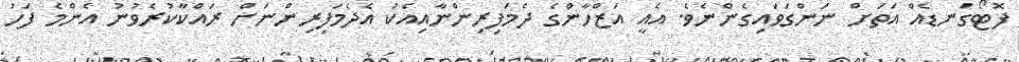
ފޮޓޯގަނޑެއް އަތަށް ނަންގަވައިގެންނެވެ. އެއީ އަޒްހާންގެ ދެމަފިރިންނާއިއެކު އެދެމަފިރިންނަށް ރައްކާކުރެވުނު އެންމެ ފަހު